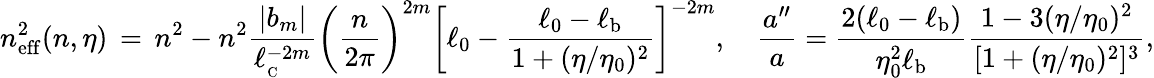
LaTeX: n_{\mathrm{eff}}^{2}(n,\eta)\, =\, n^{2}-n^{2}\frac{\vert b_{m}\vert}{\ell_{_\mathrm{C}}^{-2m}}\biggl(\frac{n}{2\pi}\biggr)^{2m}\biggl[\ell_{0}-\frac{\ell_{0}-\ell_{\mathrm{b}}}{1+(\eta/\eta_{0})^{2}}\biggr]^{-2m},\quad\frac{a^{\prime\prime}}{a}=\frac{2(\ell_{0}-\ell_{\mathrm{b}})}{\eta_{0}^{2}\ell_{\mathrm{b}}}\frac{1-3(\eta/\eta_{0})^{2}}{[1+(\eta/\eta_{0})^{2}]^{3}},